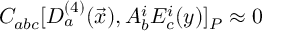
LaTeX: { \cal C } _ { a b c } [ D _ { a } ^ { ( 4 ) } ( \vec { x } ) , A _ { b } ^ { i } E _ { c } ^ { i } ( y ) ] _ { P } \approx 0